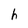
Character: h